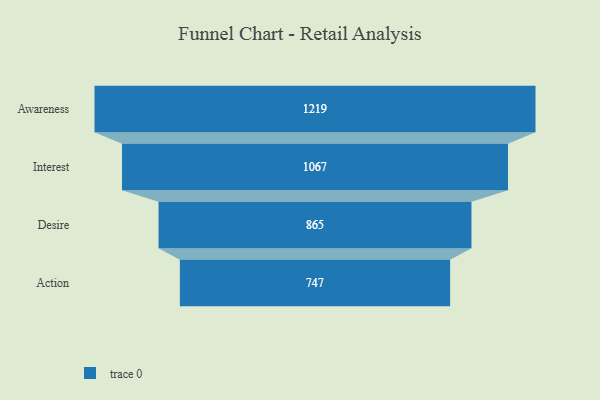
{"axis": {"x": "Stage", "y": "Value"}, "legend": [""], "data": [{"x": "Awareness", "y": 1219.0, "type": ""}, {"x": "Interest", "y": 1067.0, "type": ""}, {"x": "Desire", "y": 865.0, "type": ""}, {"x": "Action", "y": 747.0, "type": ""}]}